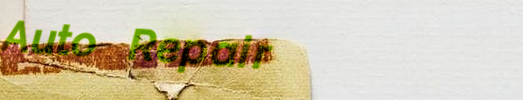
Auto Repair